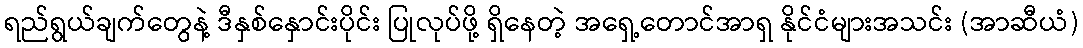
ရည်ရွယ်ချက်တွေနဲ့ ဒီနှစ်နှောင်းပိုင်း ပြုလုပ်ဖို့ ရှိနေတဲ့ အရှေ့တောင်အာရှ နိုင်ငံများအသင်း (အာဆီယံ)